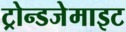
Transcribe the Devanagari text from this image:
ट्रोन्डजेमाइट